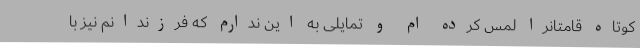
کوتاه قامتانرا لمس کرده ام و تمایلی به این ندارم که فرزندانم نیز با